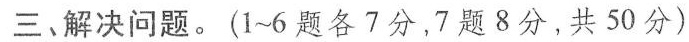
三、解决问题。(1~6题各7分，7题8分，共50分)